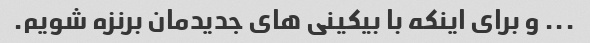
... و برای اینکه با بیکینی های جدیدمان برنزه شویم.